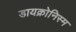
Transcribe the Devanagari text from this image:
डायक्रोनिस्म